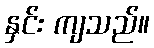
နှင်း ကျသည်။